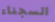
السجناء